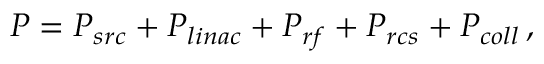
P = P _ { s r c } + P _ { l i n a c } + P _ { r f } + P _ { r c s } + P _ { c o l l } \, ,